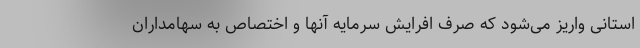
استانی واریز می‌شود که صرف افرایش سرمایه آنها و اختصاص به سهامداران